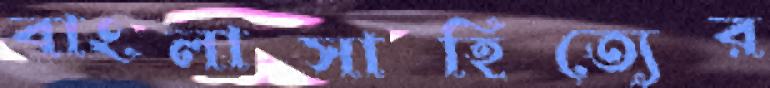
বাংলাসাহিত্যের